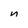
Character: n